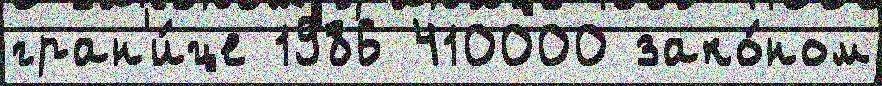
гран'и́це 1986 410000 зако́ном